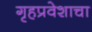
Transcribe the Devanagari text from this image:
गृहप्रवेशाचा